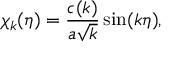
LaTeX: \chi _ { k } ( \eta ) = { \frac { c ( k ) } { a \sqrt k } } \sin ( k \eta ) ,